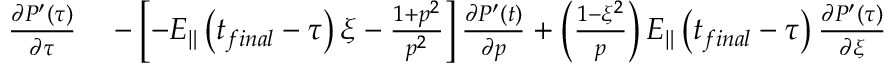
\begin{array} { r l } { \frac { \partial P ^ { \prime } \left( \tau \right) } { \partial \tau } } & { { } - \left[ - E _ { \Vert } \left( t _ { f i n a l } - \tau \right) \xi - \frac { 1 + p ^ { 2 } } { p ^ { 2 } } \right] \frac { \partial P ^ { \prime } \left( t \right) } { \partial p } + \left( \frac { 1 - \xi ^ { 2 } } { p } \right) E _ { \Vert } \left( t _ { f i n a l } - \tau \right) \frac { \partial P ^ { \prime } \left( \tau \right) } { \partial \xi } } \end{array}